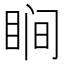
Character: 𬑗